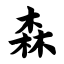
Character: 森